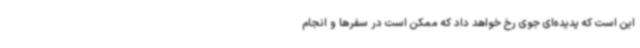
این است که پدیده‌ای جوی رخ خواهد داد که ممکن است در سفرها و انجام